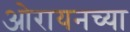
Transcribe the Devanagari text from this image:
ओरायनच्या